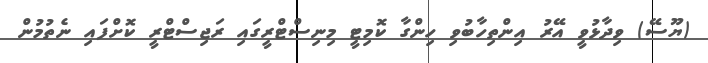
(ޔޫސޭ) ވިދާޅުވީ އޭރު އިންތިހާބުވި ހިންގާ ކޮމިޓީ މިނިސްޓްރީގައި ރަޖިސްޓްރީ ކޮށްފައި ނެތުމުން